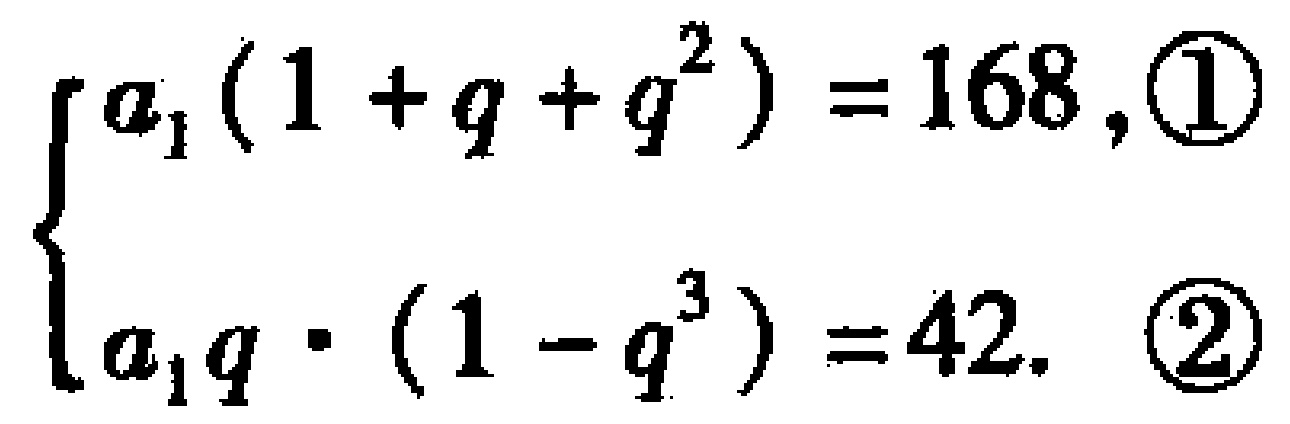
$\begin{cases}a_{1}(1 + q + q^{2}) = 168,\textcircled{1}\\a_{1}q\cdot(1 - q^{3}) = 42.\ \ \textcircled{2}\end{cases}$